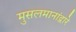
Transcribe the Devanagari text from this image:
मुसलमानांद्वारे